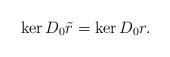
LaTeX: \begin{align*} \ker D_0{\tilde{r}} = \ker D_0r.\end{align*}